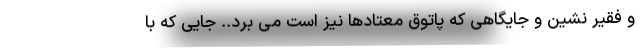
و فقیر نشین و جایگاهی که پاتوق معتادها نیز است می برد.. جایی که با